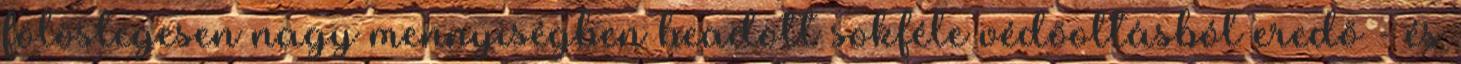
fölöslegesen nagy mennyiségben beadott sokféle védõoltásból eredõ - és